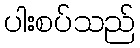
ပါးစပ်သည်